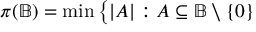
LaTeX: \pi ( { \mathbb { B } } ) = \operatorname* { m i n } { \big \{ } | A | : A \subseteq { \mathbb { B } } \setminus \{ 0 \}